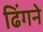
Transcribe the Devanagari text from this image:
ढिंगने